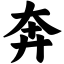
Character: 奔